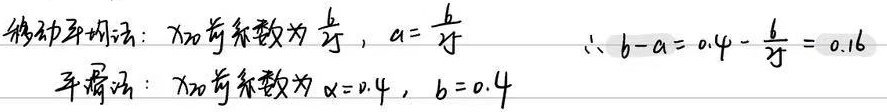
移动平均法：\(x_{20}\)的系数为\(\frac{6}{25}\)，\(a = \frac{6}{25}\)。
\(\therefore b - a = 0.4-\frac{6}{25}= 0.16\)

平滑法：\(x_{20}\)的系数为\(\alpha = 0.4\)，\(b = 0.4\)